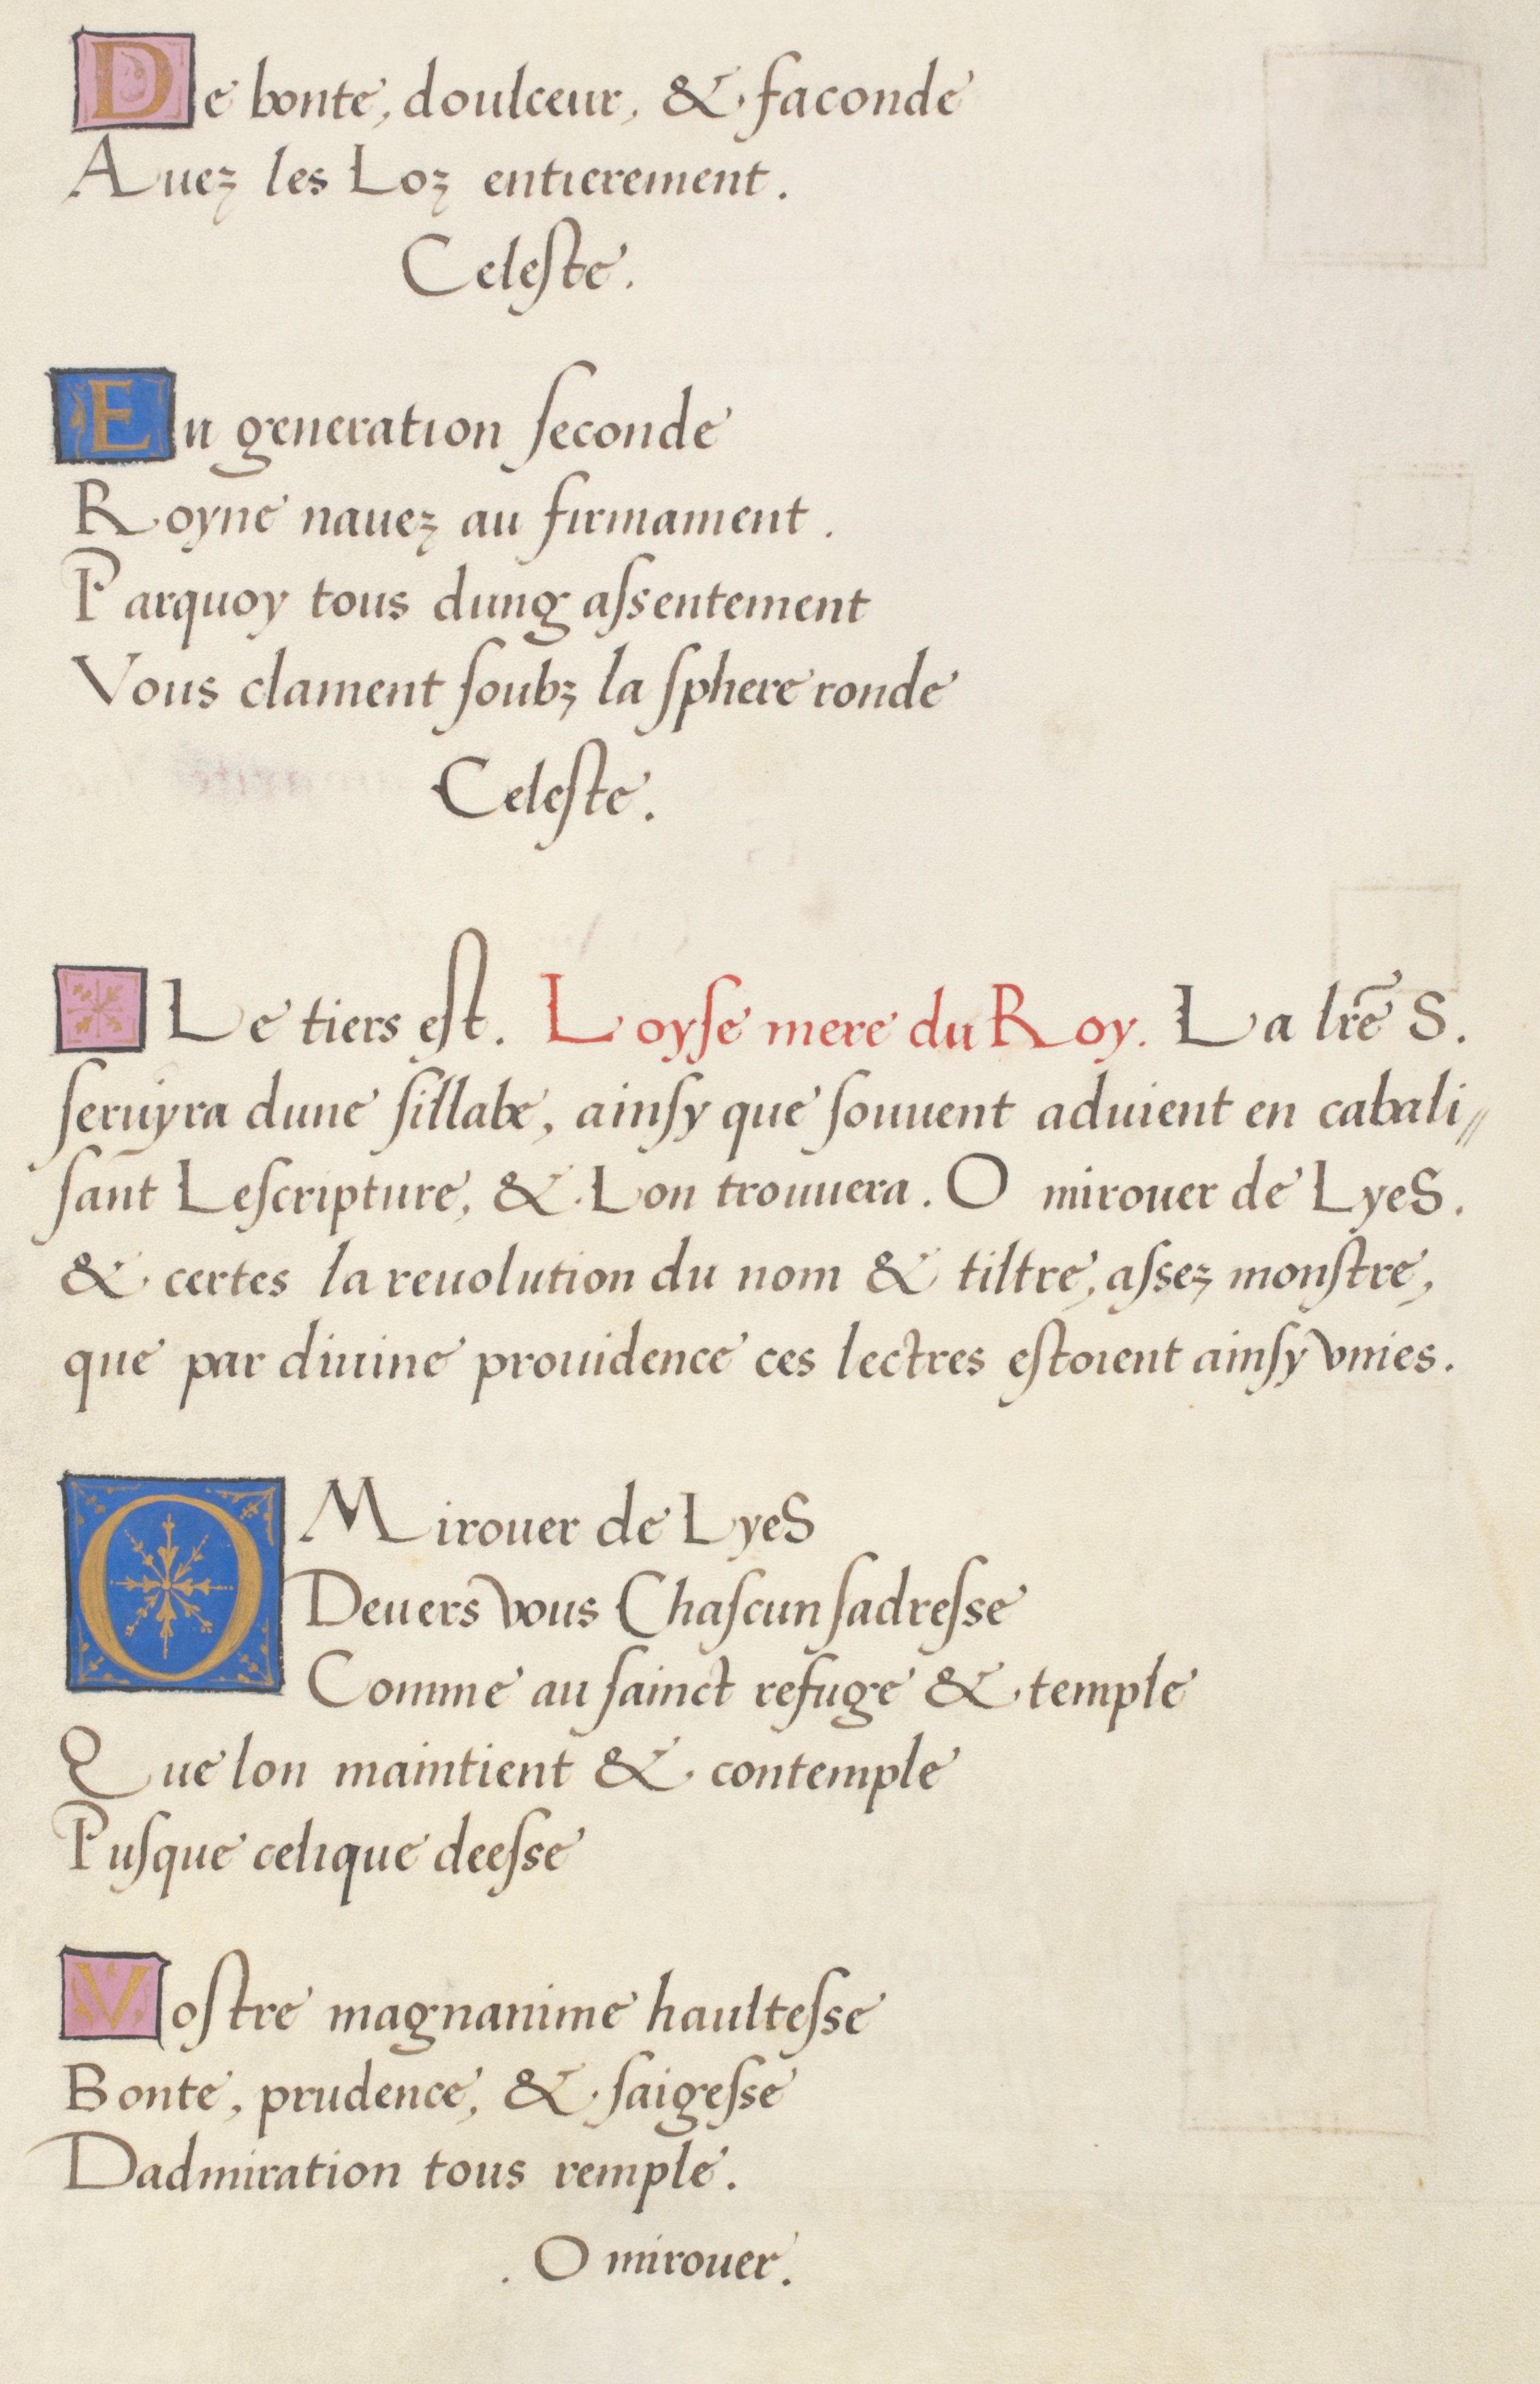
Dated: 1536–1536